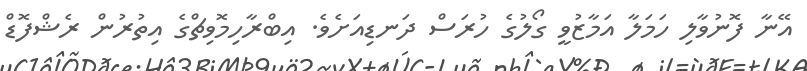
އޭނާ ފޮނުވާލި ހަމަލާ އަމާޒުވީ ގޯލުގެ ހުރަސް ދަނޑިއަށެވެ. އިބްރާހިމޮވިޗްގެ އިތުރުން ރެޝްފޮޑް